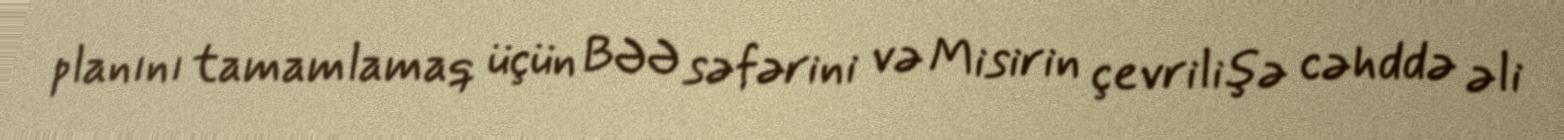
planını tamamlamaq üçün BƏƏ səfərini və Misirin çevrilişə cəhddə əli